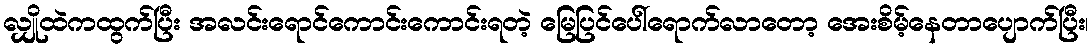
လျှိုထဲကထွက်ပြီး အလင်းရောင်ကောင်းကောင်းရတဲ့ မြေပြင်ပေါ်ရောက်လာတော့ အေးစိမ့်နေတာပျောက်ပြီး၊